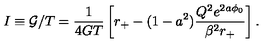
I \equiv { \cal G } / T = \frac { 1 } { 4 G T } \left[ r _ { + } - ( 1 - a ^ { 2 } ) \frac { Q ^ { 2 } e ^ { 2 a \phi _ { 0 } } } { \beta ^ { 2 } r _ { + } } \right] .